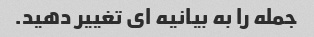
جمله را به بیانیه ای تغییر دهید.